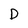
Character: D